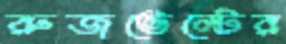
রুজভেল্টের